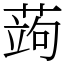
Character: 蒟